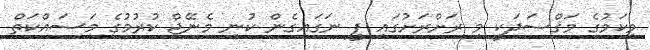
މިކަމުގެ މަޤްސަދަކީ މި ރަށްރަށުގައި ފީ ނަގައިގެން ކުނި މެނޭޖް ކުރުމުގެ މަސައްކަތް